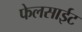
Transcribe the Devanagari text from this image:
फेलसाईट